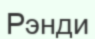
Рэнди